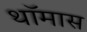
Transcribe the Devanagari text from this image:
थॉमास